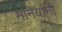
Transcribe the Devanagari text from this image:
मोनेयांनी